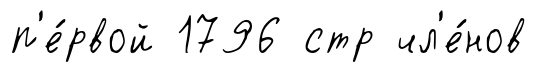
п'е́рвой 1796 стр чл'е́нов